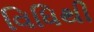
વિધિથી